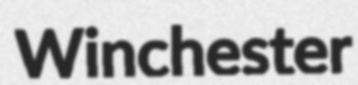
Winchester